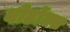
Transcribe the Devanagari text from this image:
बोर्डोक्स